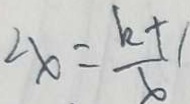
2 x = \frac { k + 1 } { x }